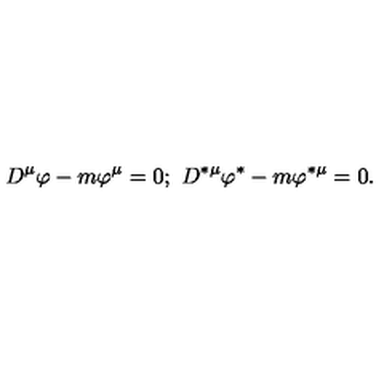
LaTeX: D ^ { \mu } \varphi - m \varphi ^ { \mu } = 0 ; \ D ^ { \ast \mu } \varphi ^ { \ast } - m \varphi ^ { \ast \mu } = 0 .